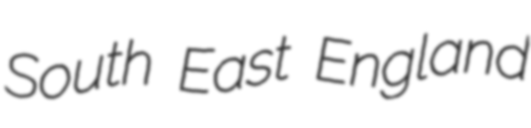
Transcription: South East England